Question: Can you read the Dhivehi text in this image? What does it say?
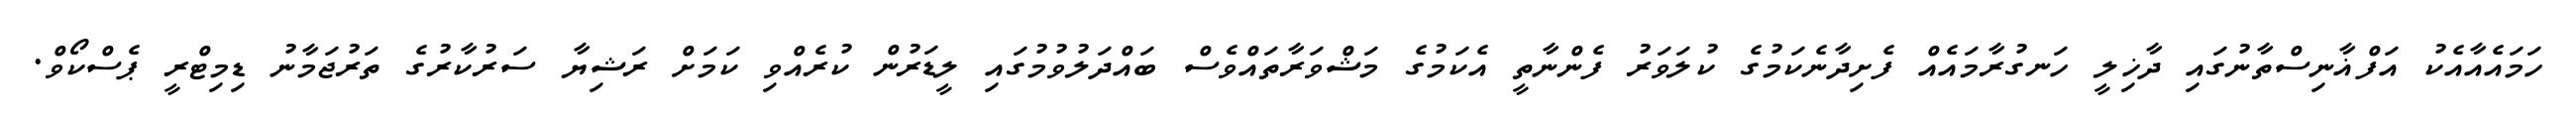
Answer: ހަމައެއާއެކު އަފްޣާނިސްތާނުގައި ދާޚިލީ ހަނގުރާމައެއް ފެށިދާނެކަމުގެ ކުލަވަރު ފެންނާތީ އެކަމުގެ މަޝްވަރާތައްވެސް ބައްދަލުވުމުގައި ލީޑަރުން ކުރެއްވި ކަމަށް ރަޝިޔާ ސަރުކާރުގެ ތަރުޖަމާނު ޑިމިޓްރީ ޕެސްކޯވް.